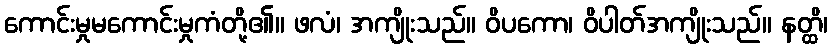
ကောင်းမှုမကောင်းမှုကံတို့၏။ ဖလံ၊ အကျိုးသည်။ ဝိပကော၊ ဝိပါတ်အကျိုးသည်။ နတ္ထိ၊